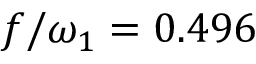
f / \omega _ { 1 } = 0 . 4 9 6